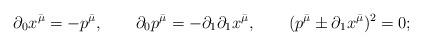
LaTeX: \begin{align*}\qquad \partial_0 x^{\bar\mu}=-p^{\bar\mu}, \qquad \partial_0 p^{\bar\mu}=-\partial_1\partial_1 x^{\bar\mu}, \qquad (p^{\bar\mu}\pm\partial_1 x^{\bar\mu})^2=0;\end{align*}